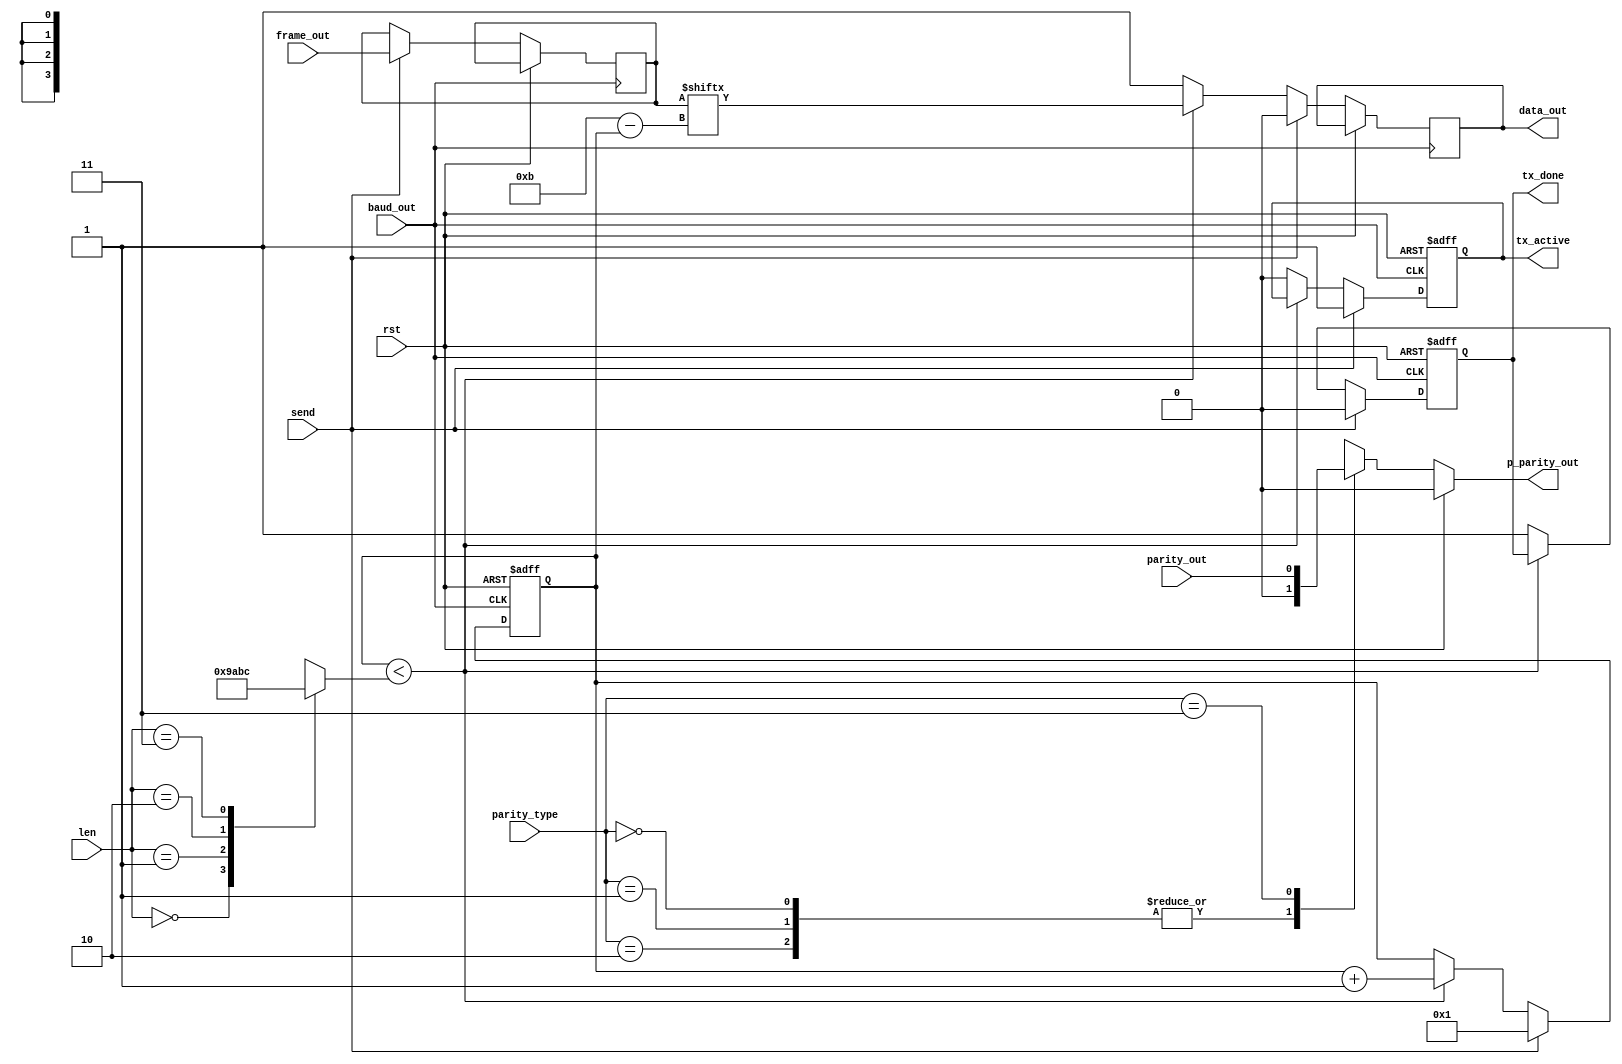
module piso	(rst,parity_out,len,frame_out,parity_type,send, baud_out,data_out,p_parity_out,tx_active,tx_done);
input rst,send,baud_out,parity_out;
input [0:11] frame_out;
input [1:0] parity_type,len;
output reg p_parity_out,tx_active,tx_done;
output reg data_out;
reg [0:11]tmp;
reg [3:0] count,length;
always @(len)begin
case(len)
2'b00:length=9;
2'b01:length=10;
2'b10:length=11;
2'b11:length=12;
endcase
end
always @(parity_type,rst,parity_out) begin
if(rst==1'b1) p_parity_out<=0;
else begin
case(parity_type)
2'b00,2'b01,2'b10:p_parity_out<=0;
2'b11: p_parity_out<=parity_out;
endcase
end
end
always @(posedge baud_out,posedge rst)
begin
if(rst==1'b1) begin
count<=4'b1111;
tx_active<=1'b0;
tx_done<=1'b1;
end
else begin
if(send) begin
tmp<=frame_out;
count<=1;
data_out<=1'b0;
tx_active<=1'b1;
tx_done<=1'b0;
end
else begin
if(count<length) begin
data_out<=tmp[count];
count<=count+1;
end
else begin
data_out<=1'b1;
tx_active<=1'b0;
tx_done<=1'b1;
end
end
end
end
endmodule